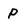
Character: P